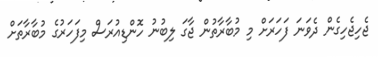
ޖެހިޖެހިގެން ދެވަނަ ފަހަރަށް މި މުބާރާތުން ޖާގަ ލިބުނު ހޮންޑިއުރަސް މިފަހަރުގެ މުބާރާތަށް